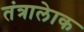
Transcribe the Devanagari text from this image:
तंत्रालेाक